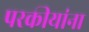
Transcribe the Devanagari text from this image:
परकीयांना